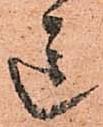
送